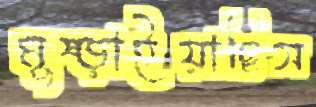
মুষ্‌ড়াইয়াছিস